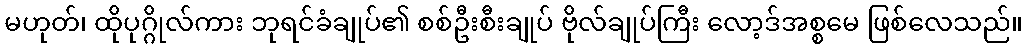
မဟုတ်၊ ထိုပုဂ္ဂိုလ်ကား ဘုရင်ခံချုပ်၏ စစ်ဦးစီးချုပ် ဗိုလ်ချုပ်ကြီး လော့ဒ်အစ္စမေ ဖြစ်လေသည်။